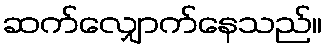
ဆက်လျှောက်နေသည်။